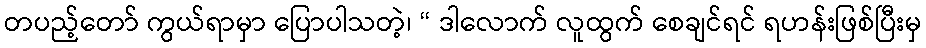
တပည့်တော် ကွယ်ရာမှာ ပြောပါသတဲ့၊ “ ဒါလောက် လူထွက် စေချင်ရင် ရဟန်းဖြစ်ပြီးမှ